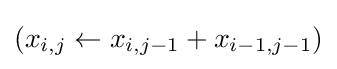
(x_{i,j}\leftarrow x_{i,j-1}+x_{i-1,j-1})